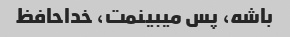
باشه، پس میبینمت، خداحافظ